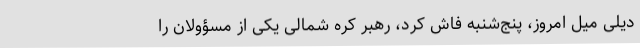
دیلی میل امروز، پنج‌شنبه فاش کرد، رهبر کره شمالی یکی از مسؤولان را